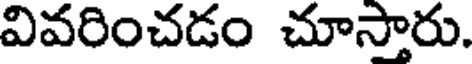
వివరించడం చూస్తారు.